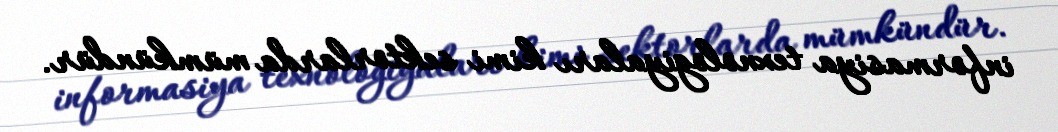
informasiya texnologiyaları kimi sektorlarda mümkündür.